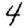
Digit: 4